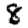
Digit: 8